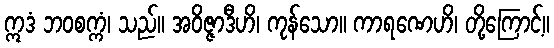
ဣဒံ ဘဝစက္ကံ၊ သည်။ အဝိဇ္ဇာဒီဟိ၊ ကုန်သော။ ကာရဏေဟိ၊ တို့ကြောင့်။